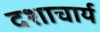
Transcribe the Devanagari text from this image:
दशाचार्य